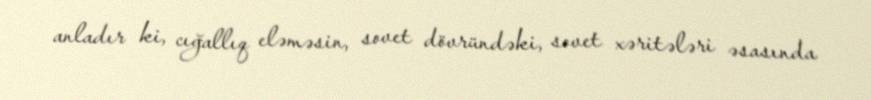
anladır ki, cığallıq eləməsin, sovet dövründəki, sovet xəritələri əsasında